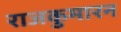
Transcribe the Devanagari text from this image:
राजकुमारन